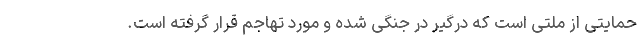
حمایتی از ملتی است که درگیر در جنگی شده و مورد تهاجم قرار گرفته است.